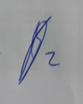
Signature authenticity: genuine